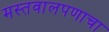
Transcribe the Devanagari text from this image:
मस्तवालपणाचा